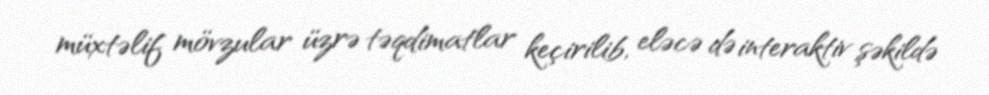
müxtəlif mövzular üzrə təqdimatlar keçirilib, eləcə də interaktiv şəkildə